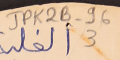
JPK2B-96			3